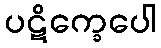
ပဋိက္ခေပေါ